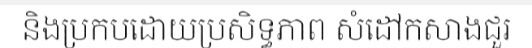
និងប្រកបដោយប្រសិទ្ធភាព សំដៅកសាងជួរ